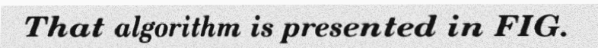
That algorithm is presented in FIG.